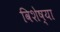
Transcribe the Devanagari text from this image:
विशेष्या